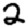
Digit: 2